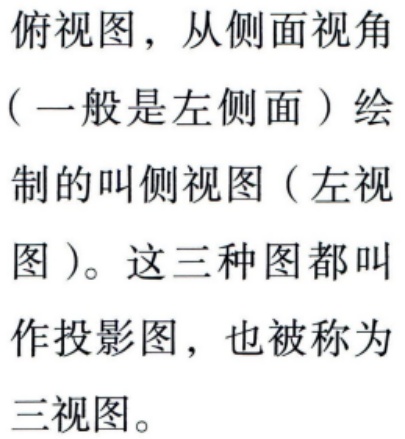
俯视图，从侧面视角（一般是左侧面）绘制的叫侧视图（左视图）。这三种图都叫作投影图，也被称为三视图。